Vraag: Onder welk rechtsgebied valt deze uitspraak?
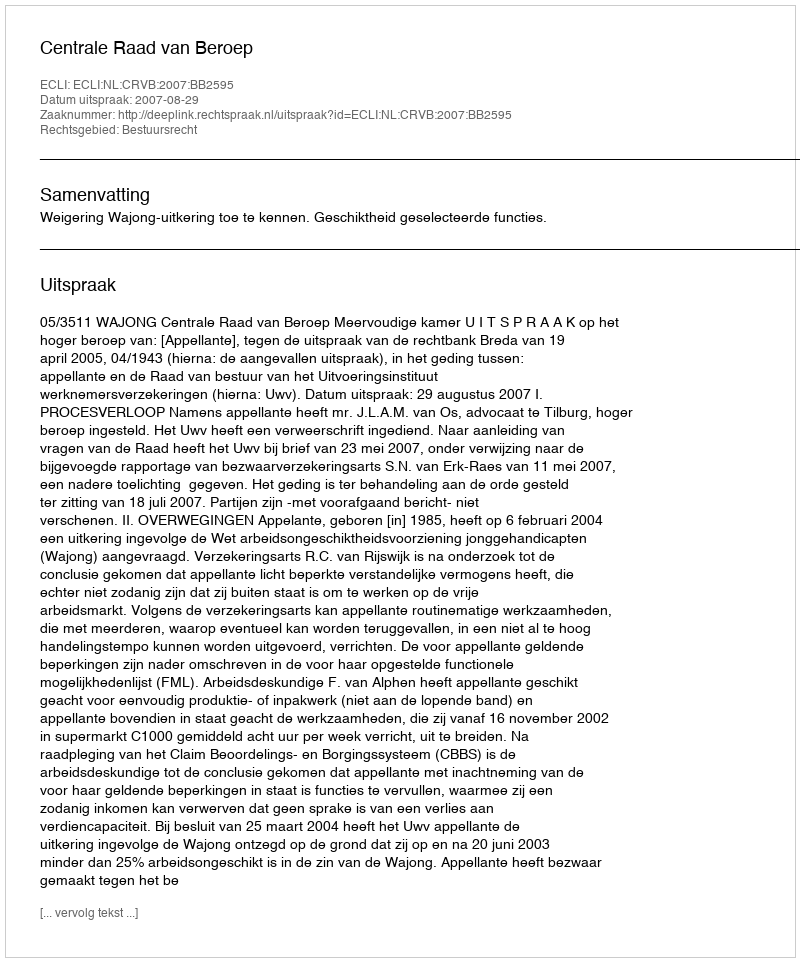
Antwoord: Bestuursrecht